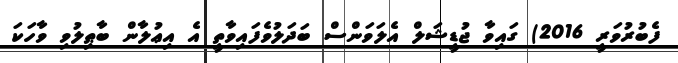
ފެބުރުވަރީ 2016) ގައިވާ ޖުޑީޝަލް އެލަވަންސް ބަދަލުވެފައިވާތީ އެ އިޢުލާން ބާޠިލުވި ވާހަކަ